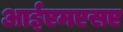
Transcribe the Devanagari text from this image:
आईएमएसए